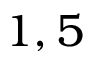
1 , 5